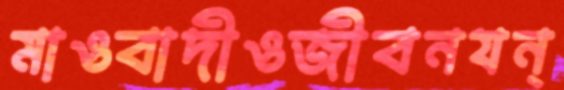
মাওবাদীওজীবনযন্